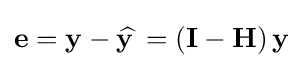
\mathbf {e} =\mathbf {y} -\mathbf {\widehat {y\,}} =\left(\mathbf {I} -\mathbf {H} \right)\mathbf {y}